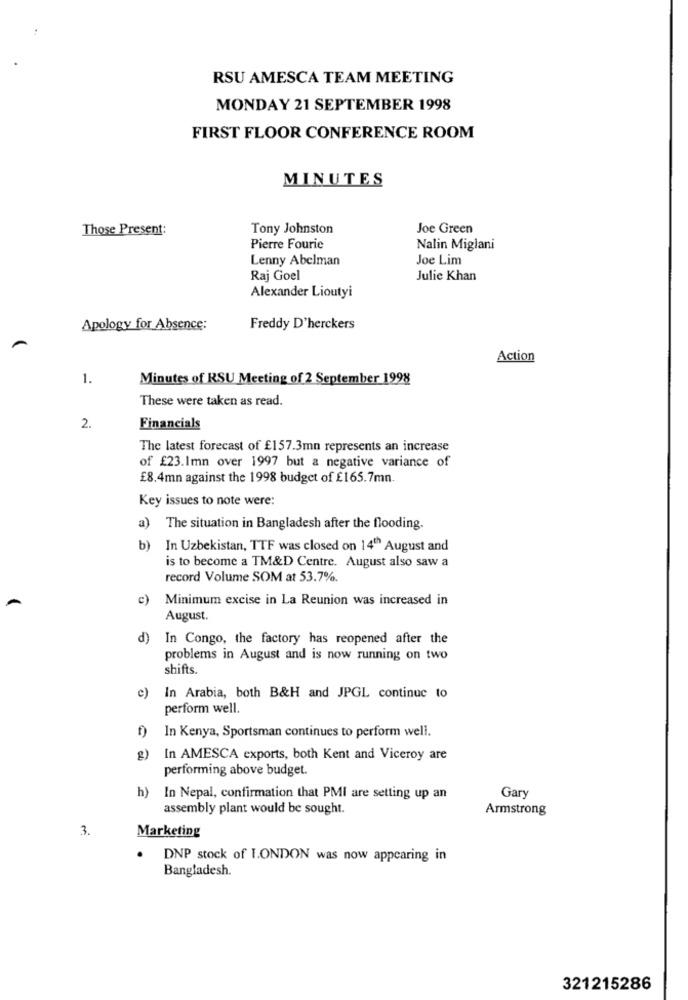
RSU AMESCA TEAM MEETING
MONDAY 21 SEPTEMBER 1998
FIRST FLOOR CONFERENCE ROOM
MINUTES
Those Present:
Tony Johnston
Joe Green
Pierre Fourie
Nalin Miglani
Lenny Abelman
Joe Lim
Raj Goel
Julie Khan
Alexander Lioutyi
Apology for Absence:
Freddy D'herckers
Action
1.
Minutes of RSU Meeting of 2 September 1998
These were taken as read.
2.
Financials
The latest forecast of £157.3mn represents an increase
of £23.1mn over 1997 but a negative variance of
£8.4mn against the 1998 budget of £165.7mn.
Key issues to note were:
a) The situation in Bangladesh after the flooding.
b)
In Uzbekistan, TTF was closed on 14"" August and
is to become a TM&D Centre. August also saw a
record Volume SOM at 53.7%.
c)
Minimum excise in La Reunion was increased in
August.
d)
In Congo, the factory has reopened after the
problems in August and is now running on two
shifts.
c)
In Arabia, both B&H and JPGL continue to
perform well.
f)
In Kenya, Sportsman continues to perform well.
g) In AMESCA exports, both Kent and Viceroy are
performing above budget.
Gary
h) In Nepal, confirmation that PMI are setting up an
assembly plant would be sought.
Armstrong
3.
Marketing
.
DNP stock of LONDON was now appearing in
Bangladesh.
321215286